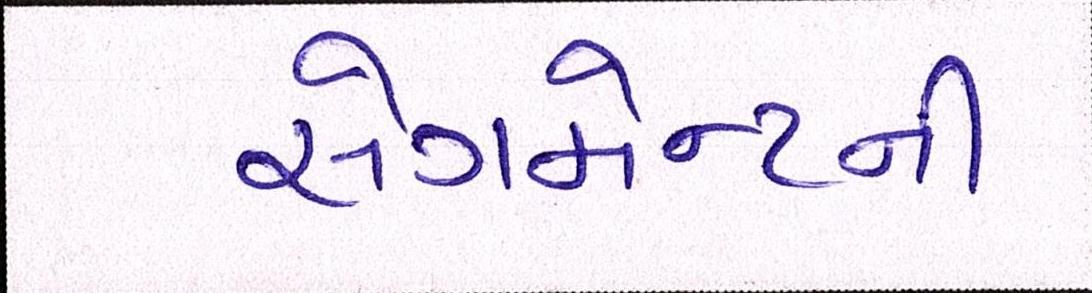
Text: સેગમેન્ટની